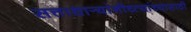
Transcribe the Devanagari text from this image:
सत्ताधार्‍यांनीच्त्यांच्यासाठी